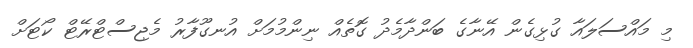
މި މައްސަލައާ ގުޅިގެން އޭނާގެ ބަންދާމެދު ގޮތެއް ނިންމުމަށް އުނގޫފާރު މެޖިސްޓްރޭޓް ކޯޓަށް